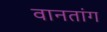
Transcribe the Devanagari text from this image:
वानतांग